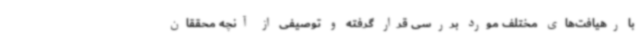
با رهیافت‌های مختلف مورد بررسی قرار گرفته و توصیفی از آنچه محققان